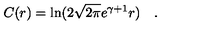
C ( r ) = \ln ( 2 \sqrt { 2 \pi } e ^ { \gamma + 1 } r ) \quad .